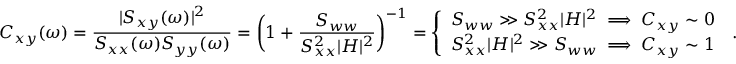
C _ { x y } ( \omega ) = \frac { | S _ { x y } ( \omega ) | ^ { 2 } } { S _ { x x } ( \omega ) S _ { y y } ( \omega ) } = \biggl ( 1 + \frac { S _ { w w } } { S _ { x x } ^ { 2 } | H | ^ { 2 } } \biggr ) ^ { - 1 } = \left\{ \begin{array} { l l } { S _ { w w } \gg S _ { x x } ^ { 2 } | H | ^ { 2 } \implies C _ { x y } \sim 0 } \\ { S _ { x x } ^ { 2 } | H | ^ { 2 } \gg S _ { w w } \implies C _ { x y } \sim 1 } \end{array} \right. \, .